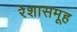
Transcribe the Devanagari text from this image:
रेशासमूह